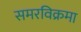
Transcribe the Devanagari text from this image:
समरविक्रमा